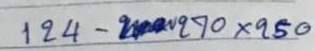
124 - 270 x 950